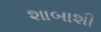
શાબાશી